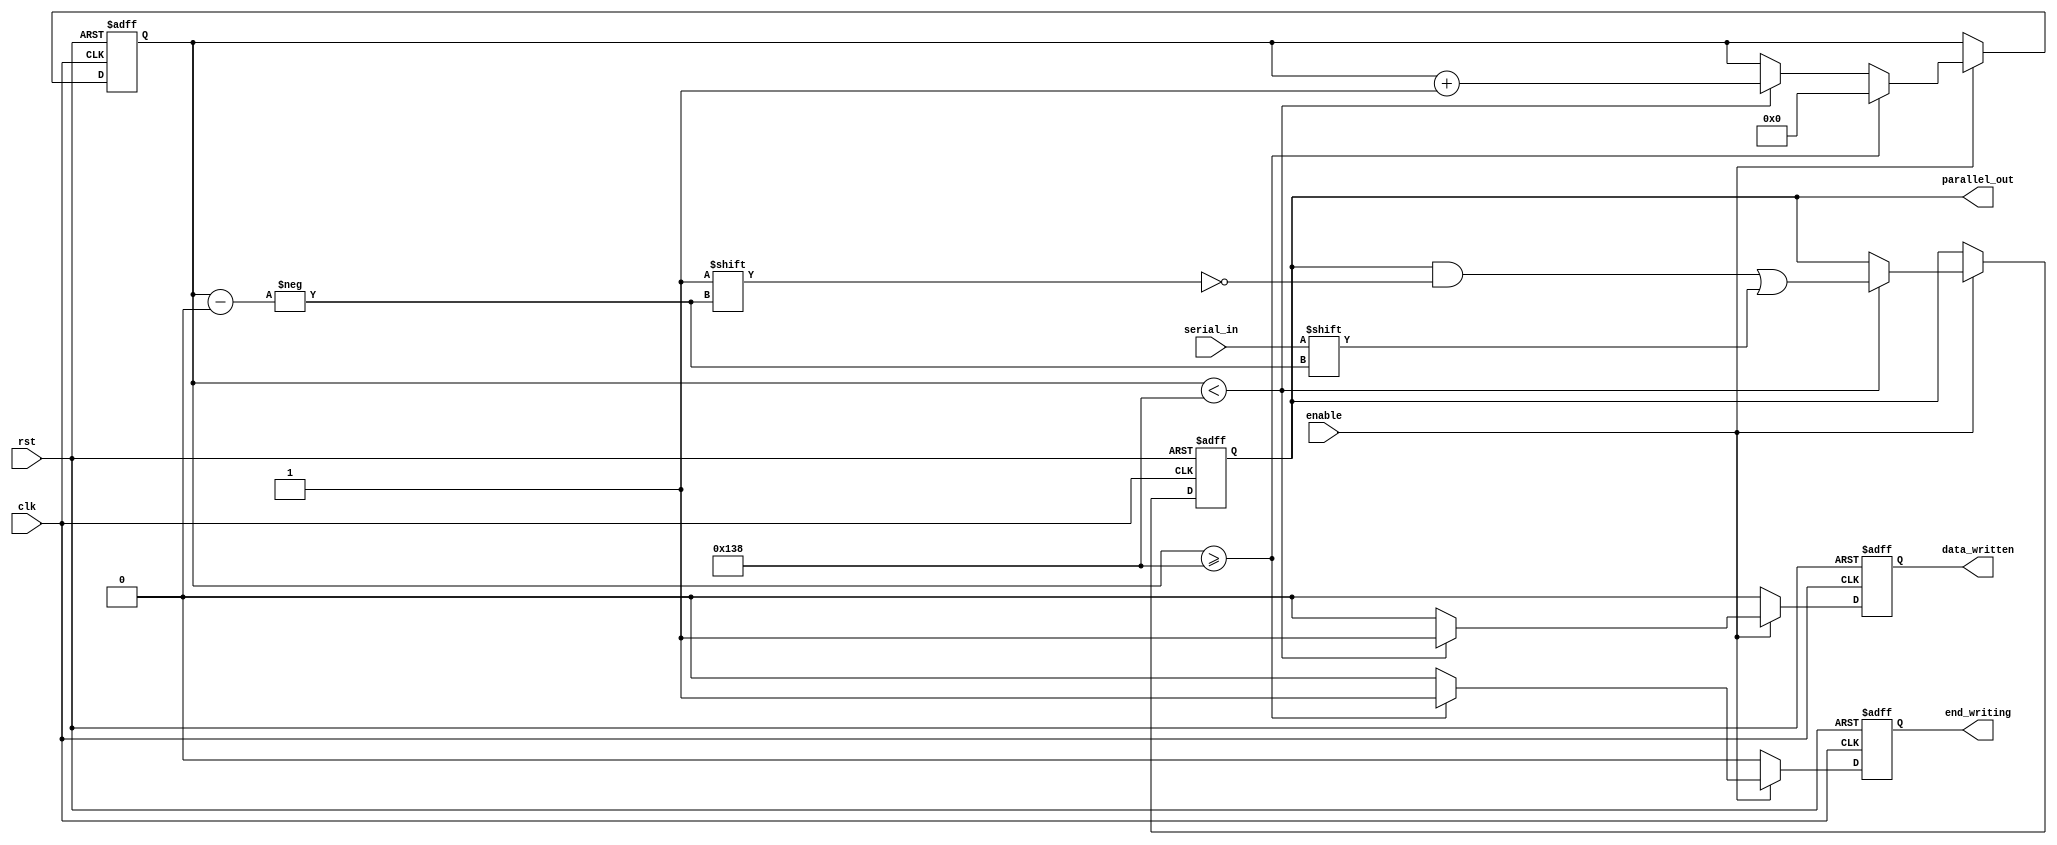
`timescale 1ns / 1ps

module FIPO_Memory (
    input wire clk,                      // Clock input
    input wire rst,                      // Reset input
    input wire enable,                   // Enable signal for controlling the module operation
    input wire serial_in,                // Serial input data
    output wire [311:0] parallel_out,    // Parallel output of all data, always reflects data_memory
    output reg end_writing = 1'b0,  // Output signal that indicates when writing of 312 bits is complete
    output reg data_written = 1'b0  // Output signal that indicates when a single bit is written
);

// Internal memory to store the serially input data
reg [311:0] data_memory = 0;
// Counter to keep track of the number of bits received
reg [8:0] bit_counter = 0;  // Needs to count up to 312, thus 9 bits are required

always @(posedge clk or posedge rst) begin
    data_written <= 0;
    end_writing <= 0;
    if (rst) begin
        // Reset all registers when rst is high
        data_memory <= 312'b0;
        bit_counter <= 0;
    end else if (enable) begin
        if (bit_counter < 312) begin
            data_memory[bit_counter] <= serial_in;
            bit_counter <= bit_counter + 1;
            data_written <= 1;  // Set data_written when a bit is written
        end

        // Set end_writing when all bits are loaded
        if (bit_counter >= 312) begin
            end_writing <= 1;
            bit_counter <= 0;  // Reset the counter to allow new data loading
        end
    end
end

// Assign data_memory to parallel_out outside the always block
assign parallel_out = data_memory;

endmodule